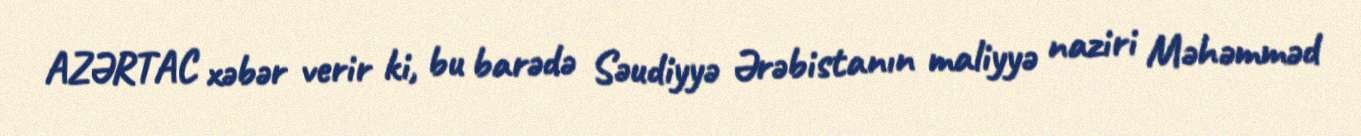
AZƏRTAC xəbər verir ki, bu barədə Səudiyyə Ərəbistanın maliyyə naziri Məhəmməd